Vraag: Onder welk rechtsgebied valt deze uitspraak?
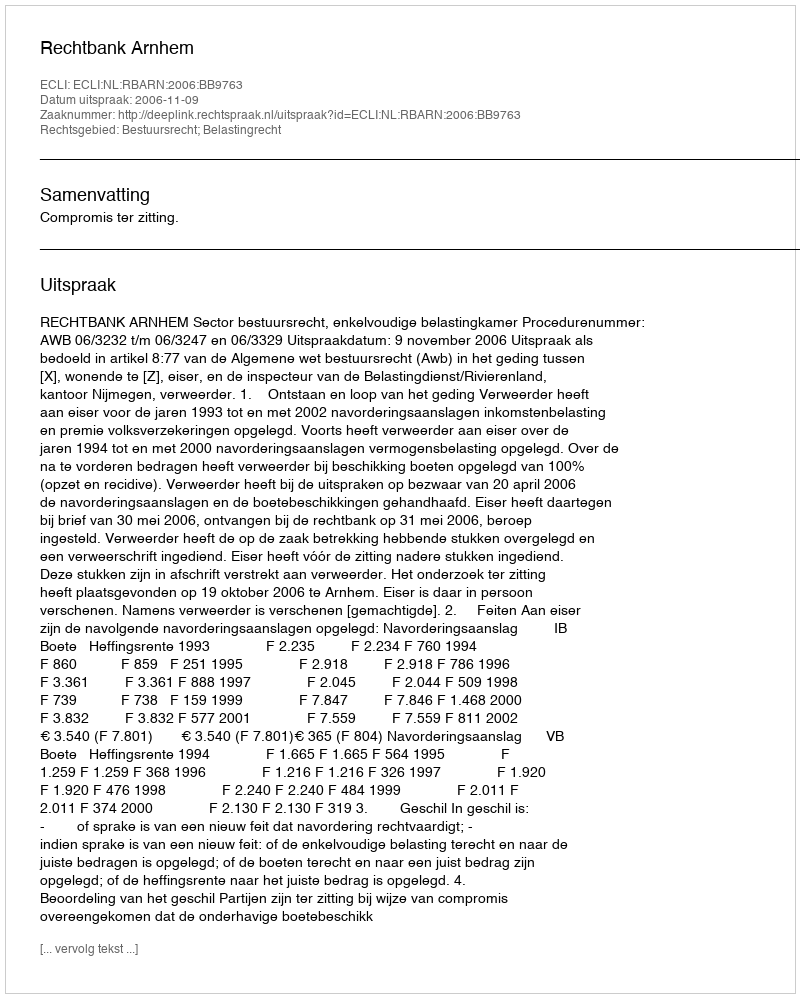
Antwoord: Bestuursrecht; Belastingrecht